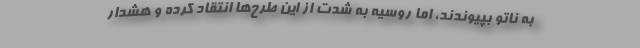
به ناتو بپیوندند، اما روسیه به شدت از این طرح‌ها انتقاد کرده و هشدار